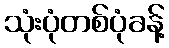
သုံးပုံတစ်ပုံခန့်